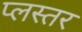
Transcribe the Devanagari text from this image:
प्लस्तर